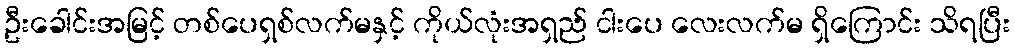
ဦးခေါင်းအမြင့် တစ်ပေရှစ်လက်မနှင့် ကိုယ်လုံးအရှည် ငါးပေ လေးလက်မ ရှိကြောင်း သိရပြီး